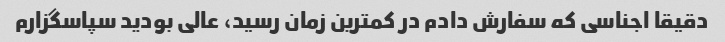
دقیقا اجناسی که سفارش دادم در کمترین زمان رسید، عالی بودید سپاسگزارم